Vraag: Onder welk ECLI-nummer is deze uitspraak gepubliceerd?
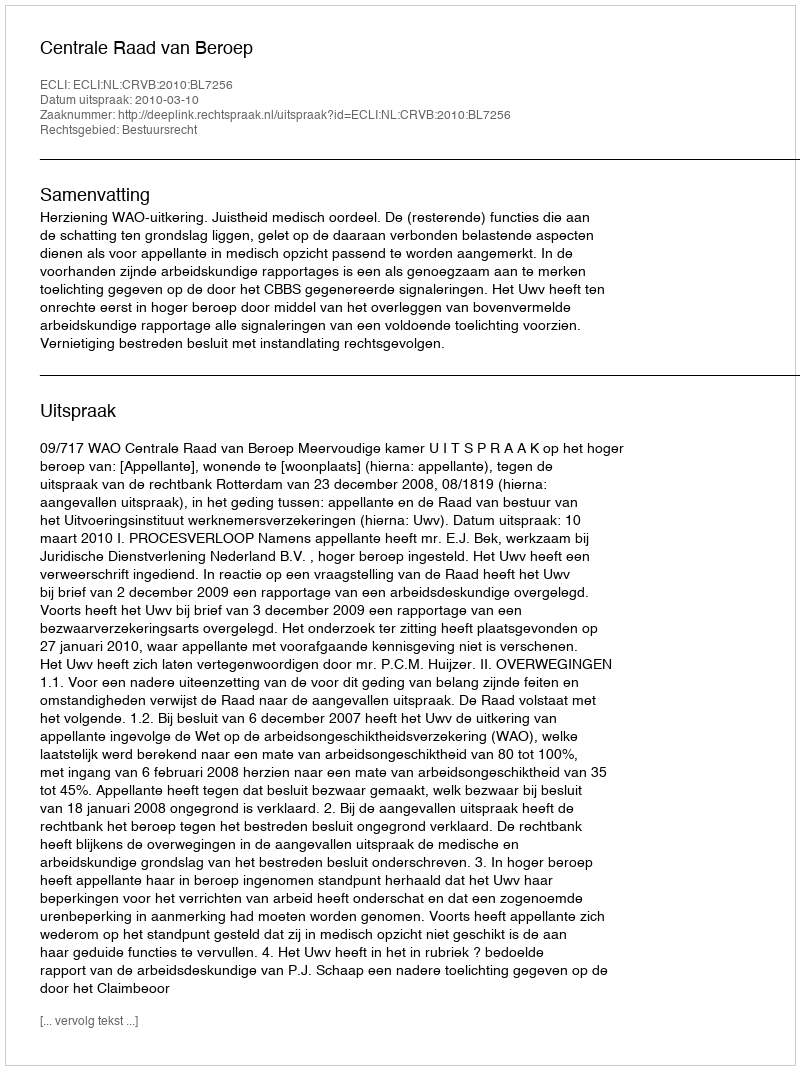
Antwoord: ECLI:NL:CRVB:2010:BL7256